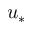
u _ { * }